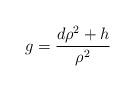
LaTeX: \begin{align*}g = \frac{d\rho^2 + h}{\rho^2}\end{align*}